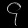
Digit: ၄